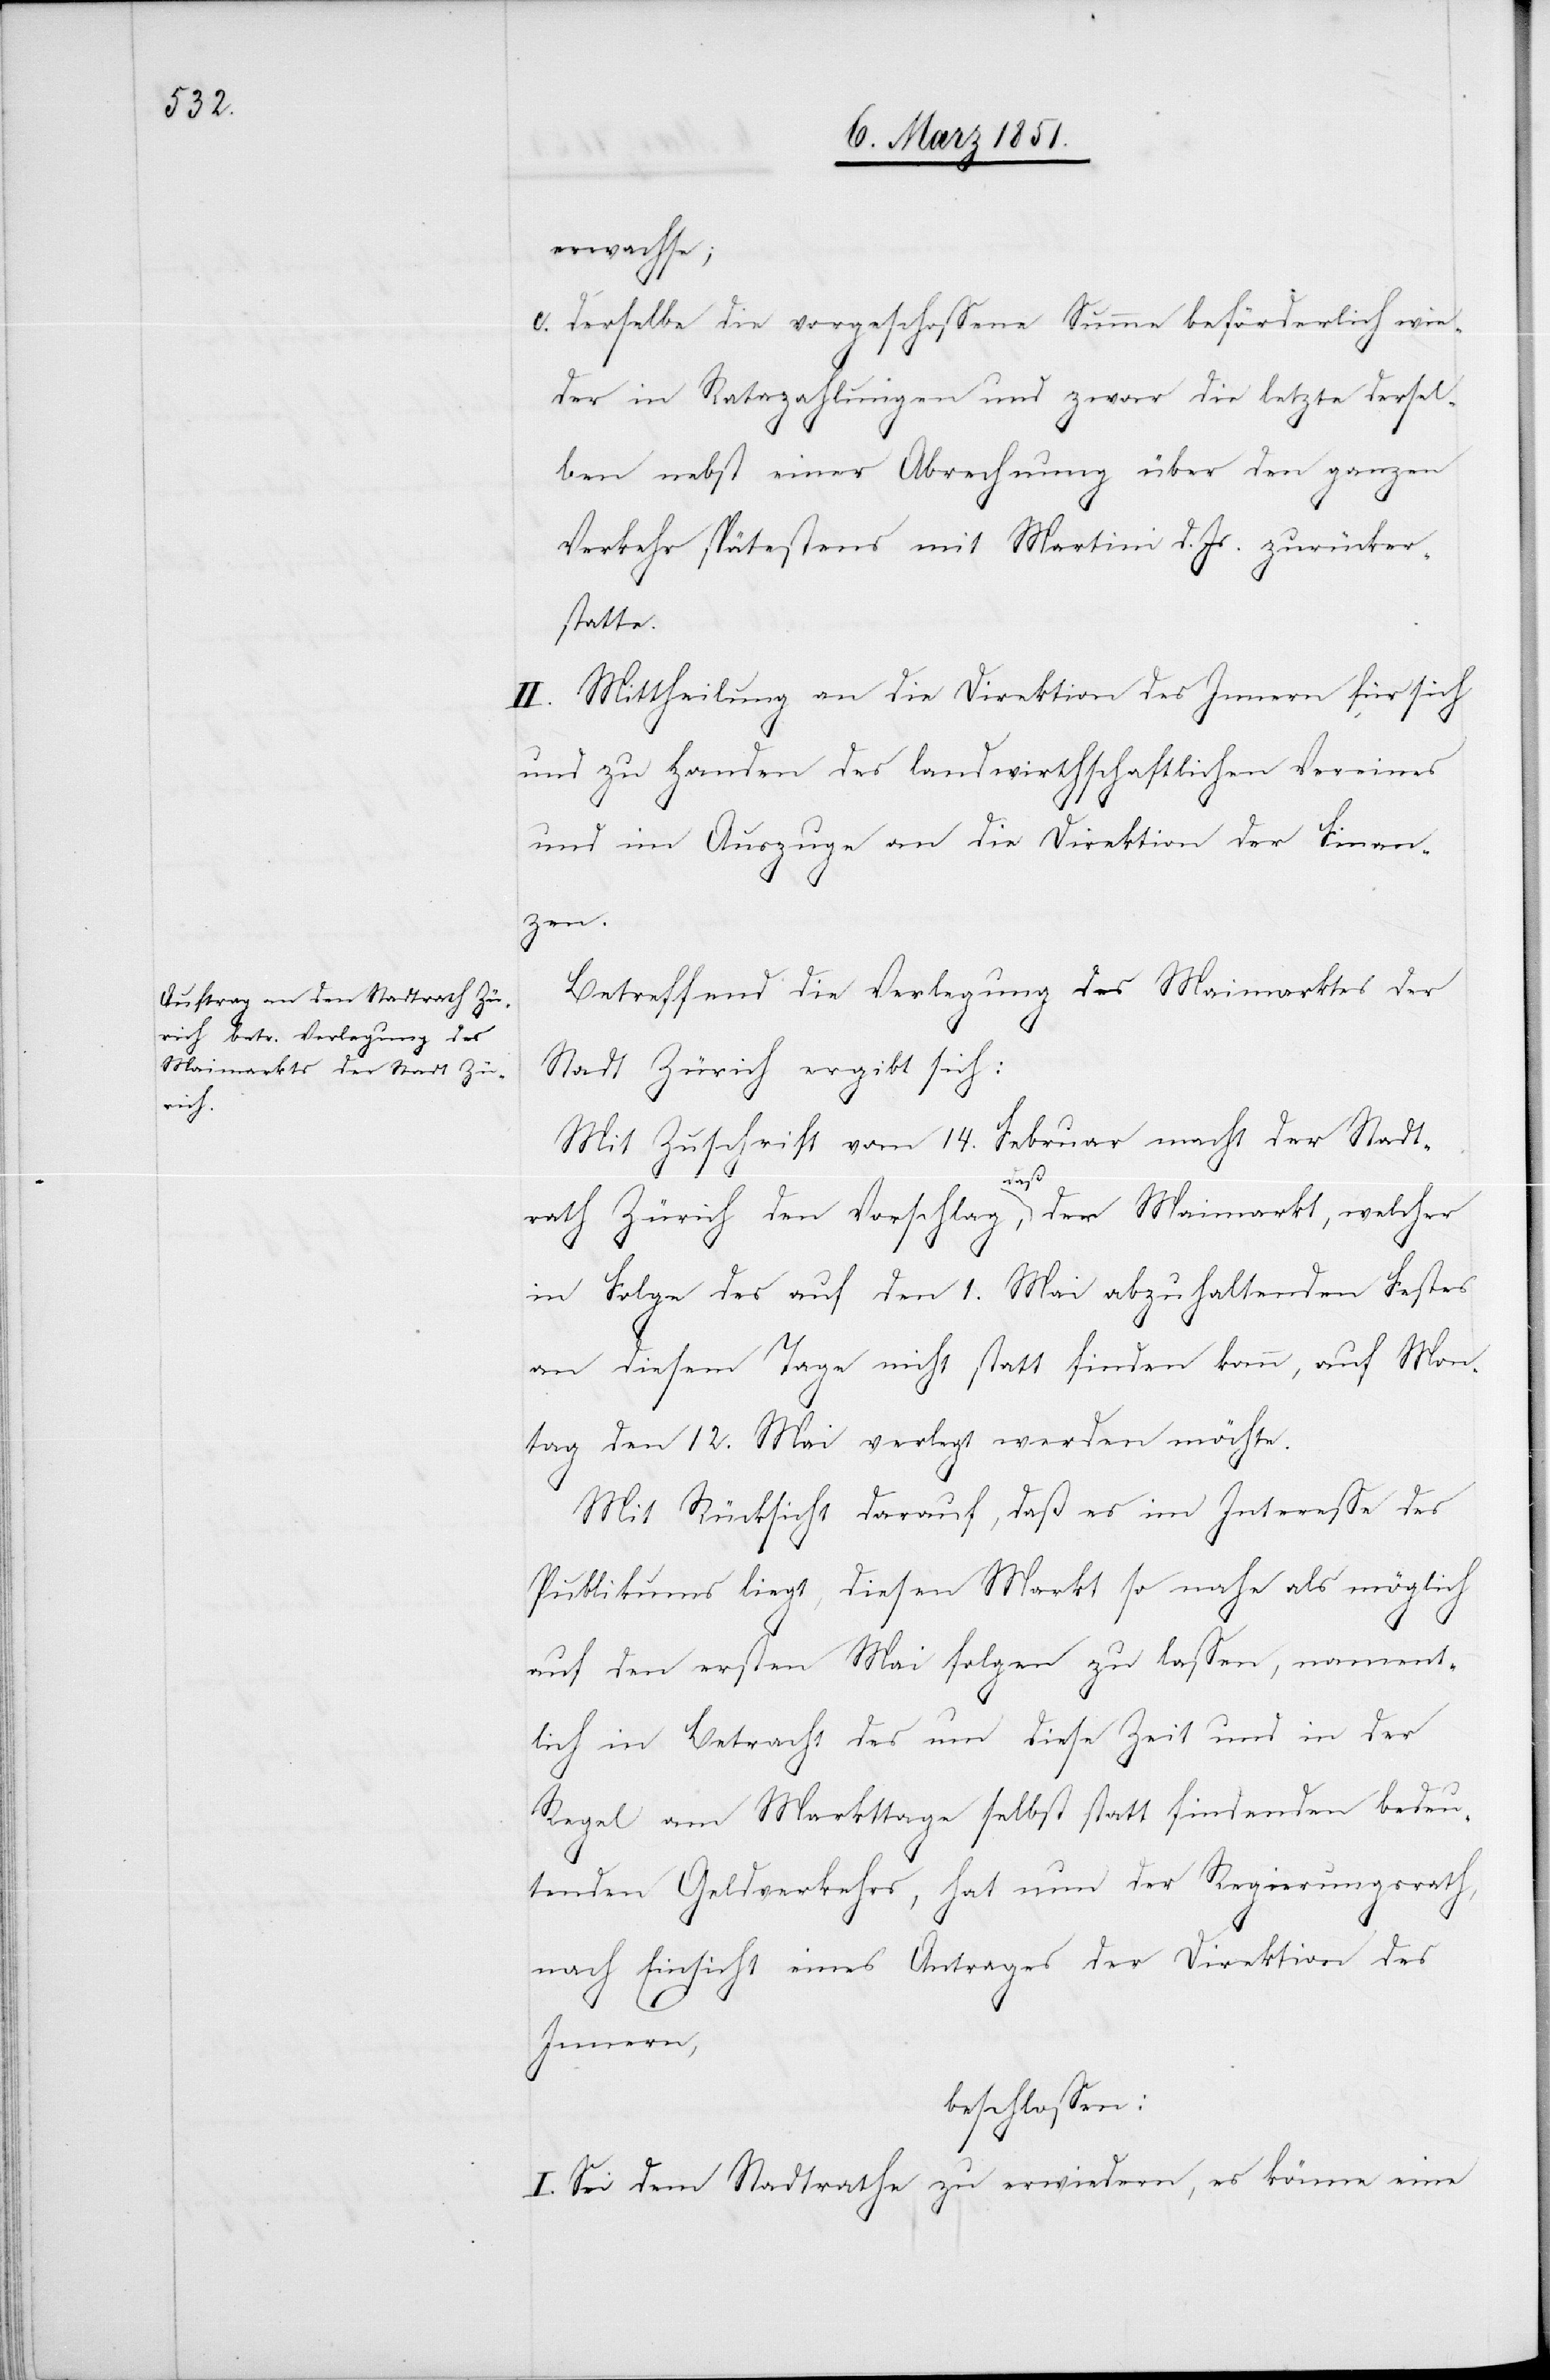
erwachse;
derselbe die vorgeschossene Summe beförderlich wie¬
der in Ratazahlungen und zwar die letzte dersel¬
ben nebst einer Abrechnung über den ganzen
Verkehr spätestens mit Martini d. Js. zurücker¬
statte.
II. Mittheilung an die Direktion des Innern für sich
und zu Handen des landwirthschaftlichen Vereines
und im Auszuge an die Direktion der Finan¬
zen.
Betreffend die Verlegung des Maimarktes der
c.
Stadt Zürich ergibt sich:
Mit Zuschrift vom 14. Februar macht der Stadt¬
rath Zürich den Vorschlag, daß der Maimarkt, welcher
in Folge des auf den 1. Mai abzuhaltenden Festes
an diesem Tage nicht statt finden kann, auf Mon¬
tag den 12. Mai verlegt werden möchte.
Mit Rücksicht darauf, daß es im Interesse des
Publikums liegt, diesen Markt so nahe als möglich
auf den ersten Mai folgen zu lassen, nament¬
lich in Betracht des um diese Zeit und in der
Regel am Markttage selbst statt findenden bedeu¬
tenden Geldverkehrs, hat nun der Regierungsrath,
nach Einsicht eines Antrages der Direktion des
Innern,
beschlossen:
I. Sei dem Stadtrathe zu erwiedern, es könne eine